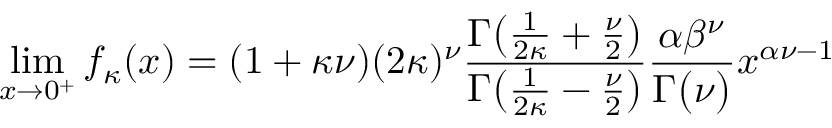
\operatorname* { l i m } _ { x \to 0 ^ { + } } f _ { \kappa } ( x ) = ( 1 + \kappa \nu ) ( 2 \kappa ) ^ { \nu } { \frac { \Gamma { \big ( } { \frac { 1 } { 2 \kappa } } + { \frac { \nu } { 2 } } { \big ) } } { \Gamma { \big ( } { \frac { 1 } { 2 \kappa } } - { \frac { \nu } { 2 } } { \big ) } } } { \frac { \alpha \beta ^ { \nu } } { \Gamma { \big ( } \nu { \big ) } } } x ^ { \alpha \nu - 1 }